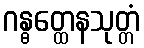
ဂန္ဓတ္ထေနသုတ္တံ